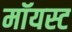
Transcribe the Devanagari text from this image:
मॉयस्ट